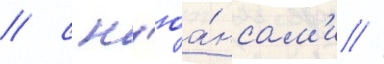
/ с н'юа́нсам'и /